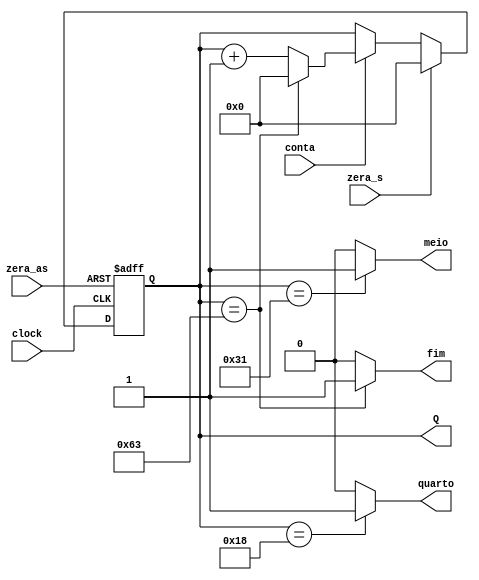

/*---------------Laboratorio Digital-------------------------------------
 * Arquivo   : contador_m.v
 * Projeto   : Experiencia 5 - Desenvolvimento de Projeto de 
 *                             Circuitos Digitais em FPGA
 *-----------------------------------------------------------------------
 * Descricao : contador binario, modulo m, com parametros 
 *             M (modulo do contador) e N (numero de bits),
 *             sinais para clear assincrono (zera_as) e sincrono (zera_s)
 *             e saidas de fim e meio de contagem
 *             
 *-----------------------------------------------------------------------
 * Revisoes  :
 *     Data        Versao  Autor             Descricao
 *     30/01/2024  1.0     Edson Midorikawa  criacao
 *-----------------------------------------------------------------------
 */

module contador_m #(parameter M=100, N=7)
  (
   input  wire          clock,
   input  wire          zera_as,
   input  wire          zera_s,
   input  wire          conta,
   output reg  [N-1:0]  Q,
   output reg           fim,
   output reg           meio,
   output reg           quarto
  );

  always @(posedge clock or posedge zera_as) begin
    if (zera_as) begin
      Q <= 0;
    end else if (clock) begin
      if (zera_s) begin
        Q <= 0;
      end else if (conta) begin
        if (Q == M-1) begin
          Q <= 0;
        end else begin
          Q <= Q + 1;
        end
      end
    end
  end

  // Saidas
  always @ (Q)
      if (Q == M-1)   fim = 1;
      else            fim = 0;

  always @ (Q)
      if (Q == M/2-1) meio = 1;
      else            meio = 0;

  always @ (Q)
      if (Q == M/4-1) quarto = 1;
      else            quarto = 0;

endmodule